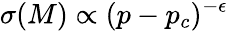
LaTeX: \sigma(M)\propto(p-p_{c})^{-\epsilon}